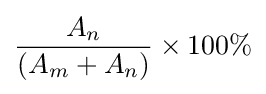
{\dfrac {A_{n}}{(A_{m}+A_{n})}}\times 100\%